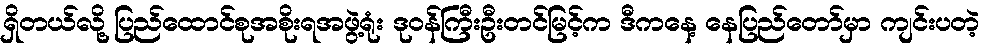
ရှိတယ်လို့ ပြည်ထောင်စုအစိုးရအဖွဲ့ရုံး ဒုဝန်ကြီးဦးတင်မြင့်က ဒီကနေ့ နေပြည်တော်မှာ ကျင်းပတဲ့